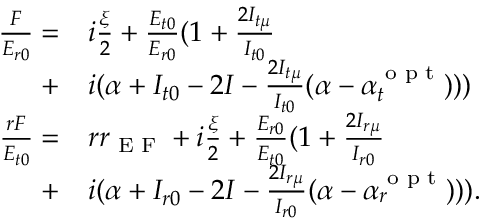
\begin{array} { r l } { \frac { F } { E _ { r 0 } } = } & { i \frac { \xi } { 2 } + \frac { E _ { t 0 } } { E _ { r 0 } } ( 1 + \frac { 2 I _ { t \mu } } { I _ { t 0 } } } \\ { + } & { i ( \alpha + I _ { t 0 } - 2 I - \frac { 2 I _ { t \mu } } { I _ { t 0 } } ( \alpha - \alpha _ { t } ^ { \textrm { o p t } } ) ) ) } \\ { \frac { r F } { E _ { t 0 } } = } & { r r _ { \textrm { E F } } + i \frac { \xi } { 2 } + \frac { E _ { r 0 } } { E _ { t 0 } } ( 1 + \frac { 2 I _ { r \mu } } { I _ { r 0 } } } \\ { + } & { i ( \alpha + I _ { r 0 } - 2 I - \frac { 2 I _ { r \mu } } { I _ { r 0 } } ( \alpha - \alpha _ { r } ^ { \textrm { o p t } } ) ) ) . } \end{array}